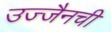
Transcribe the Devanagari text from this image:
उज्जैनची